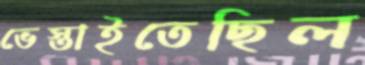
ভেস্তাইতেছিল